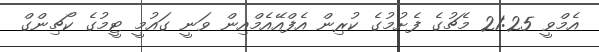
އެމްވީ 21:25 މެޗުގެ ފެށުމުގެ ކުރިން އެފްއޭއެމްއިން ވަނީ ގައުމީ ޓީމުގެ ކޯޗިންގް